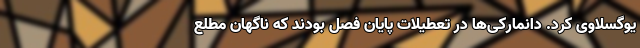
یوگسلاوی کرد. دانمارکی‌ها در تعطیلات پایان فصل بودند که ناگهان مطلع